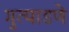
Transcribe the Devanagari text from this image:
गुत्याडणे